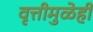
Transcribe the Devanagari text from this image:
वृत्तीमुळेही